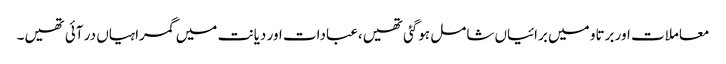
معاملات اور برتاو میں برائیاں شامل ہوگئی تھیں،عبادات اور دیانت میں گمراہیاں در آئی تھیں۔